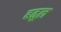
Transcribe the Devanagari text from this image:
बतूल